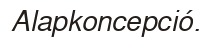
Alapkoncepció.